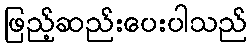
ဖြည့်ဆည်းပေးပါသည်